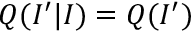
Q ( I ^ { \prime } | I ) = Q ( I ^ { \prime } )